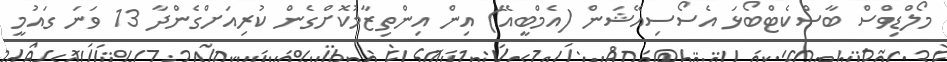
މޯލްޑިވްސް ބާސްކެޓްބޯޅަ އެސޯސިއޭޝަން (އެމްބީއޭ) އިން އިންތިޒާމުކޮށްގެން ކުރިއަށްގެންދާ 13 ވަނަ ގައުމީ